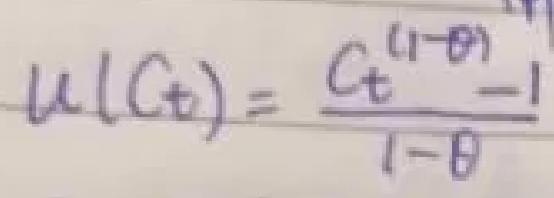
$u(C_{t})=\frac{C_{t}^{(1 - \theta)}-1}{1-\theta}$